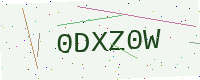
Text: 0DXZ0W